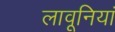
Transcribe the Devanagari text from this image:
लावूनियां